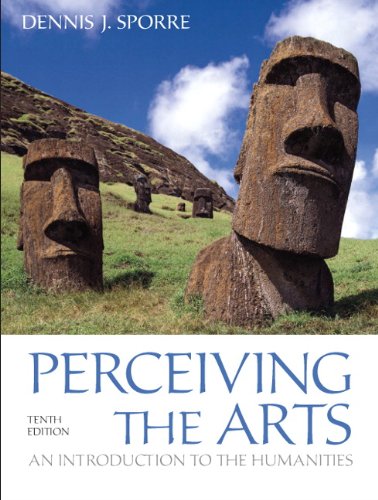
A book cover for Perceiving the Arts: An Introduction to the Humanities (10th Edition); Dennis J. Sporre; Politics & Social Sciences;